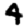
Digit: 4